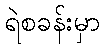
ရဲစခန်းမှာ